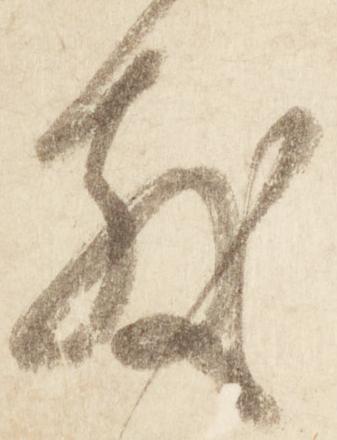
散